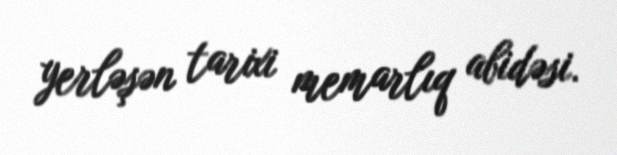
yerləşən tarixi memarlıq abidəsi.